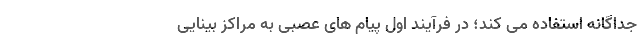
جداگانه استفاده می کند؛ در فرآیند اول پیام های عصبی به مراکز بینایی